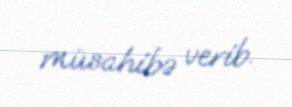
müsahibə verib.